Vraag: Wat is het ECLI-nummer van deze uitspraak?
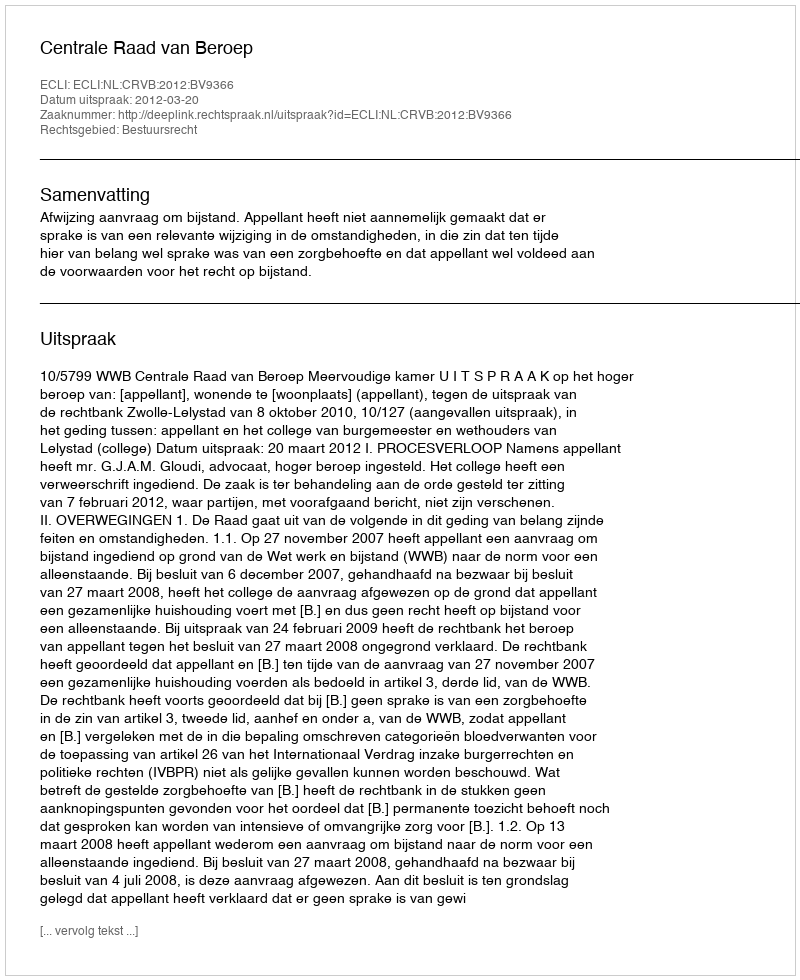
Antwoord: ECLI:NL:CRVB:2012:BV9366